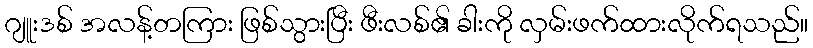
ဂျူးဒစ် အလန့်တကြား ဖြစ်သွားပြီး ဖီးလစ်၏ ခါးကို လှမ်းဖက်ထားလိုက်ရသည်။